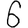
Digit: 6